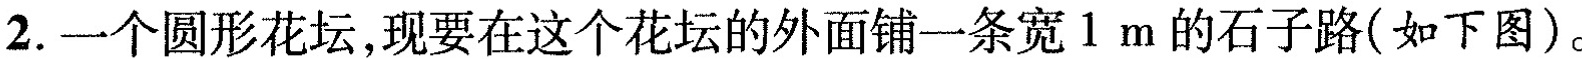
2.一个圆形花坛，现要在这个花坛的外面铺一条宽1m的石子路(如下图)。